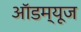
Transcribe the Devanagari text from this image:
ऑडम्यूज